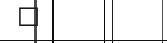
٨